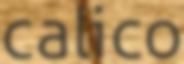
calico